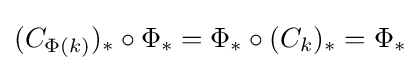
(C_{\Phi (k)})_{*}\circ \Phi _{*}=\Phi _{*}\circ (C_{k})_{*}=\Phi _{*}